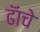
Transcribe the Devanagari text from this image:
ढॅाचे